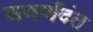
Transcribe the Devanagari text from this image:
चवर्णदंत